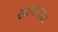
સાગળશા